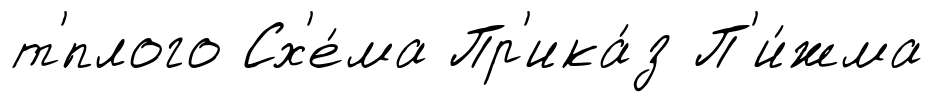
т'́плого Сх'е́ма Пр'ика́з П'и́жма